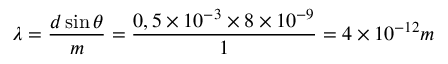
\lambda = \frac { d \sin \theta } { m } = \frac { 0 , 5 \times 1 0 ^ { - 3 } \times 8 \times 1 0 ^ { - 9 } } { 1 } = 4 \times 1 0 ^ { - 1 2 } m